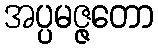
အပ္ပမဇ္ဇတော